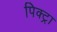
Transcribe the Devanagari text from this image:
पिक्ट्रा